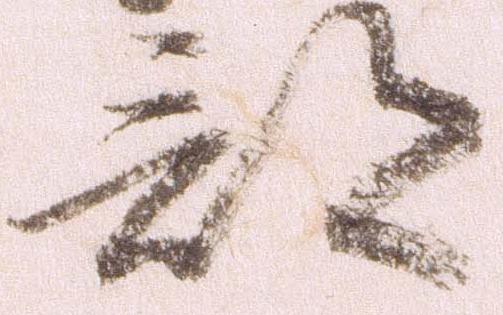
部